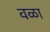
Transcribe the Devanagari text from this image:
वळा